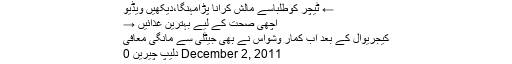
← ٹیچر کوطلباسے مالش کرانا پڑامہنگا،دیکھیں ویڈیو
اچھی صحت کے لیے بہترین غذائیں →
کیجریوال کے بعد اب کمار وشواس نے بھی جیٹلی سے مانگی معافی
December 2, 2011 دلیپ چیرین 0